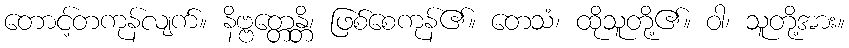
တောင့်တကုန်လျက်။ နိဗ္ဗတ္တေန္တိ၊ ဖြစ်စေကုန်၏။ တေသံ၊ ထိုသူတို့၏။ ဝါ၊ သူတို့အား။